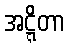
အဋ္ဋိတာ